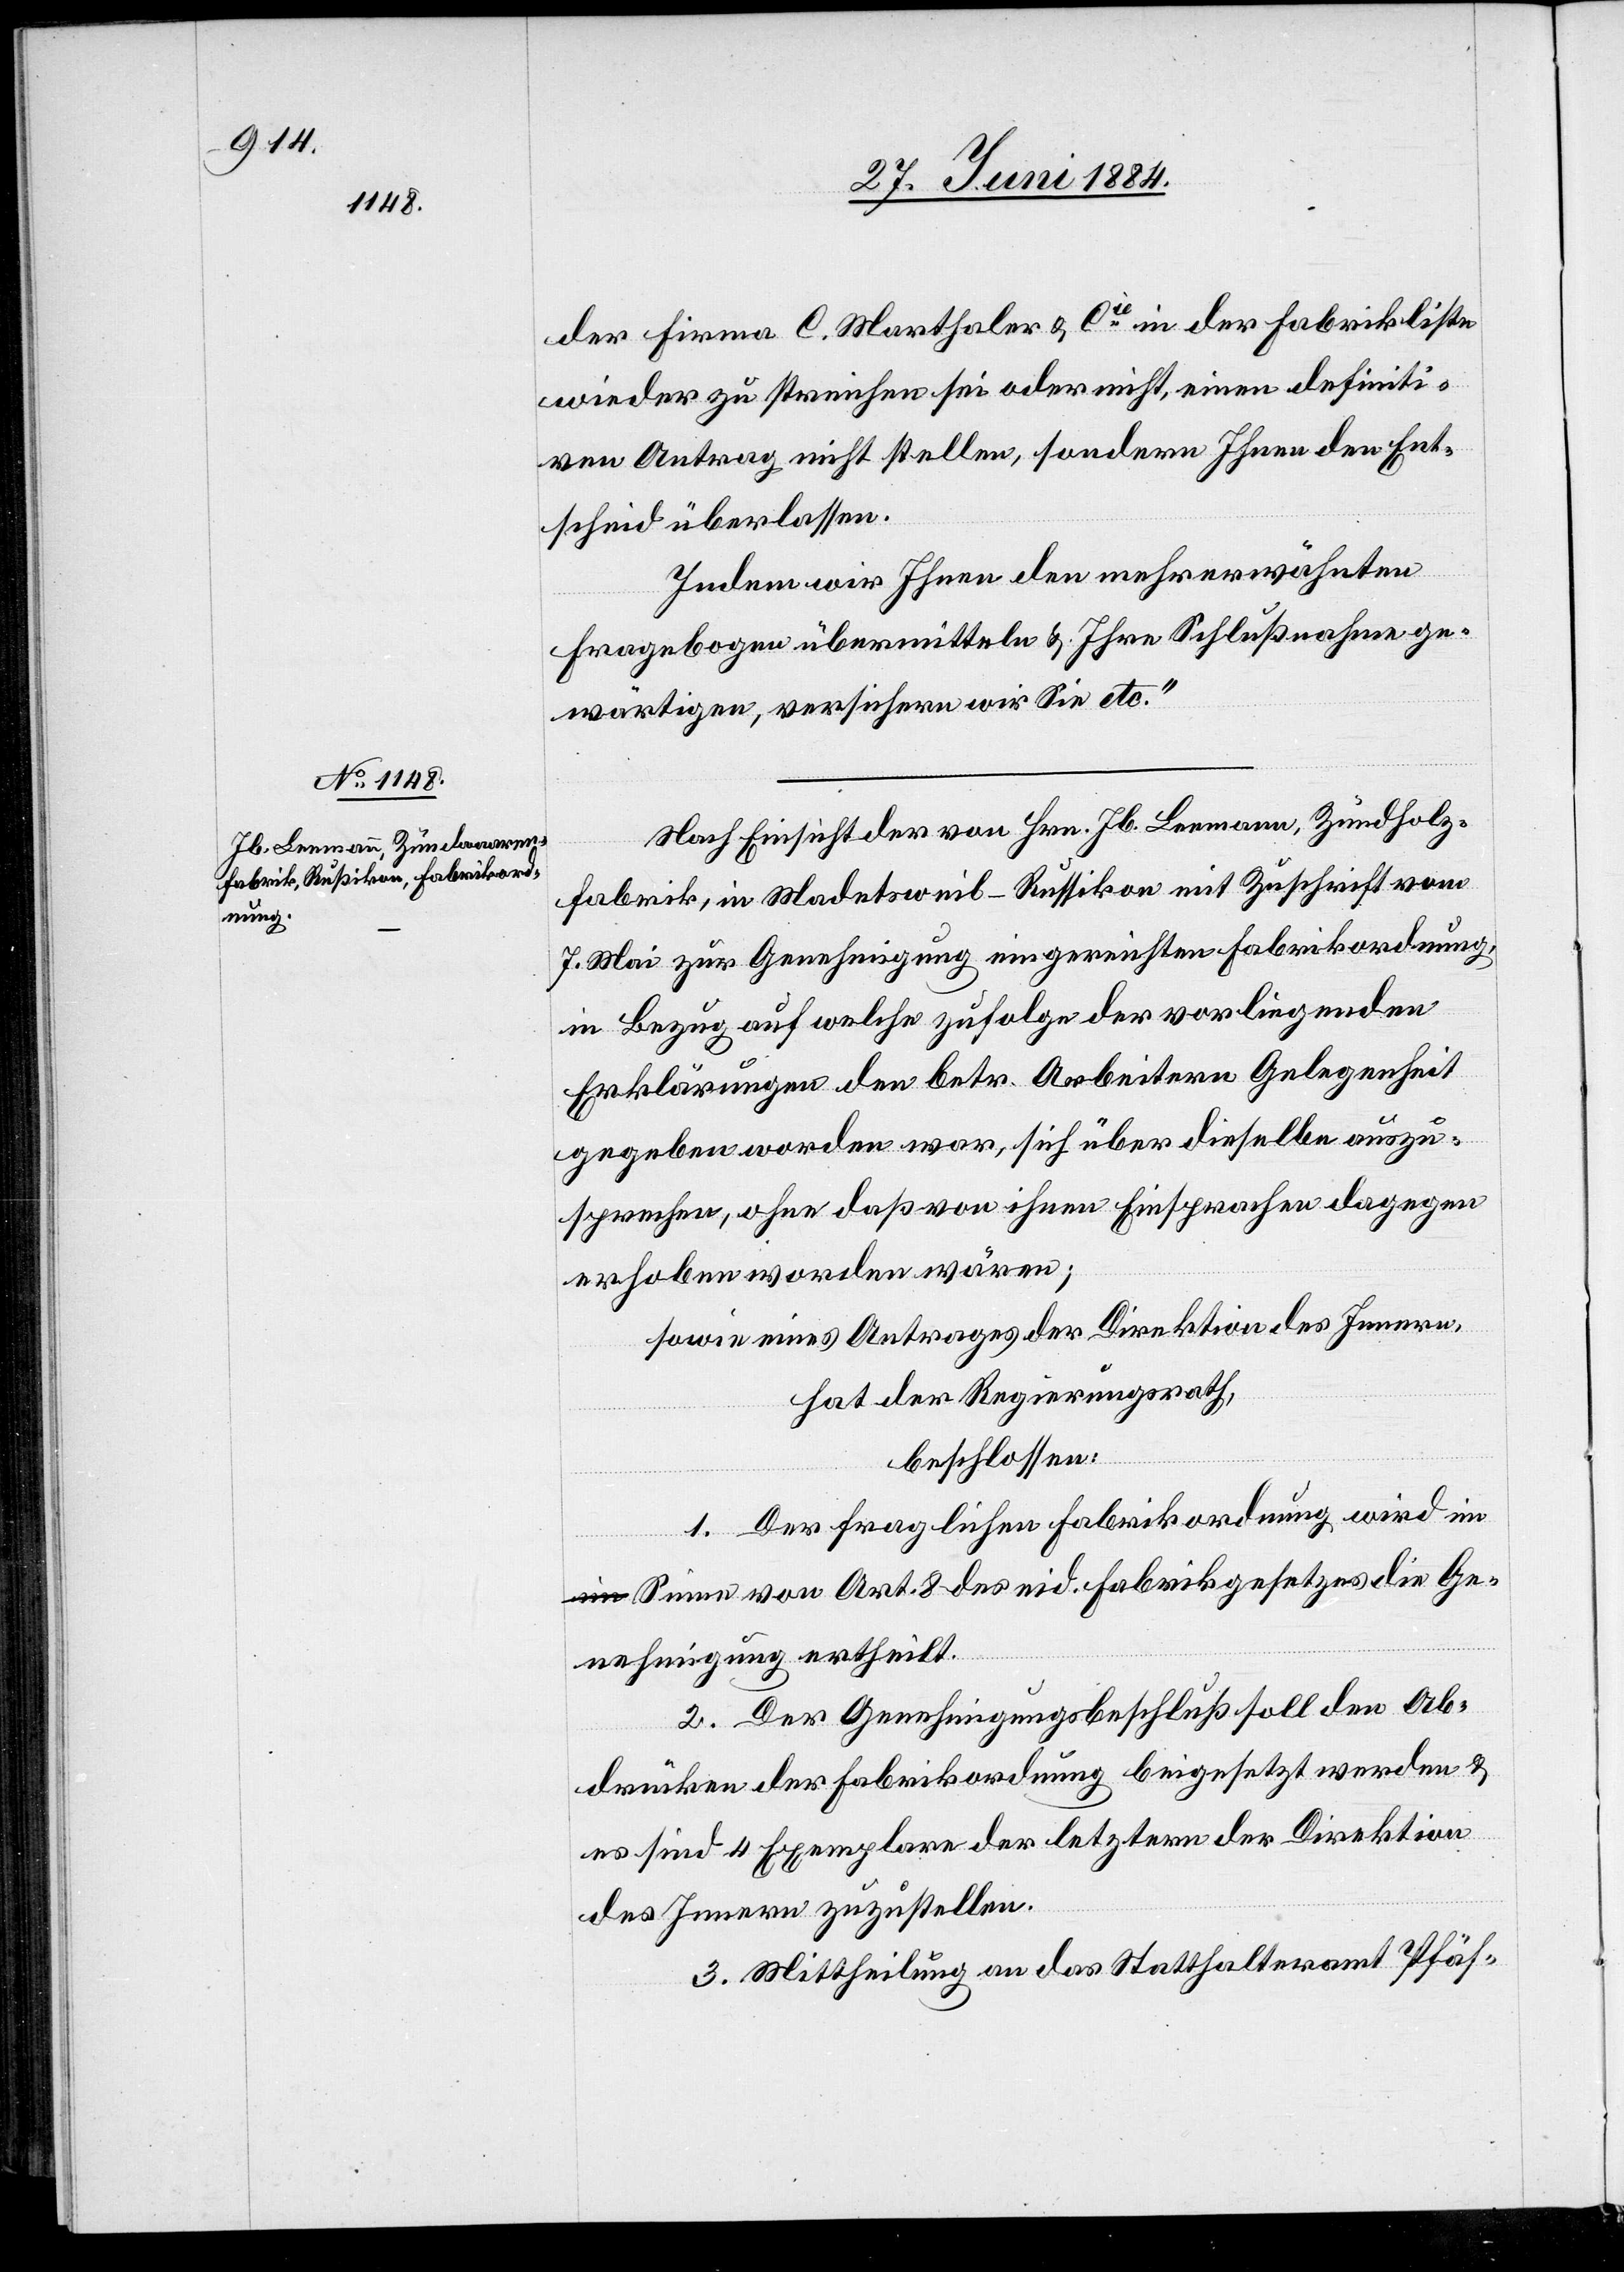
der Firma C. Marthaler & Cie in der Fabrikliste
wieder zu streichen sei oder nicht, einen definiti¬
ven Antrag nicht stellen, sondern Ihnen den Ent¬
scheid überlassen.
Indem wir Ihnen den mehrerwähnten
Fragebogen übermitteln & Ihre Schlußnahme ge¬
wärtigen, versichern wir Sie etc.“
Nach Einsicht der von Hrn. Jb. Leemann, Zündholz¬
fabrik, in Madetsweil - Russikon mit Zuschrift vom
7. Mai zur Genehmigung eingereichten Fabrikordnung
in Bezug auf welche zufolge der vorliegenden
Erklärungen den betr. Arbeitern Gelegenheit
gegeben worden war, sich über dieselbe auszu¬
sprechen, ohne daß von ihnen Einsprachen dagegen
erhoben worden wären;
sowie eines Antrages der Direktion des Innern,
hat der Regierungsrath,
beschlossen:
1. Der fraglichen Fabrikordnung wird i¬
m Sinne von Art. 8 des eid. Fabrikgesetzes die Ge¬
nehmigung ertheilt.
2. Der Genehmigungsbeschluß soll den Ab¬
drücken der Fabrikordnung beigesetzt werden &
es sind 4 Exemplare der letztern der Direktion
des Innern zuzustellen.
3. Mittheilung an das Statthalteramt Pfäf-